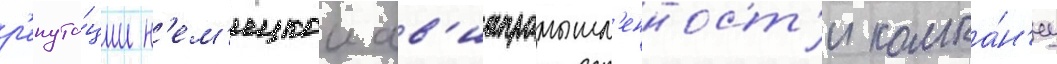
р'епута́ции н'ем'ецкои ав'иапромышл'енност'и компа́н'иу